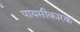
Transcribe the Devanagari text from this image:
पायसीकारक